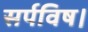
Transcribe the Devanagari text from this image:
सर्पविष।